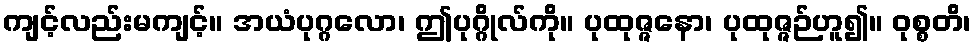
ကျင့်လည်းမကျင့်။ အယံပုဂ္ဂလော၊ ဤပုဂ္ဂိုလ်ကို။ ပုထုဇ္ဇနော၊ ပုထုဇ္ဇဉ်ဟူ၍။ ဝုစ္စတိ၊